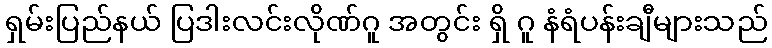
ရှမ်းပြည်နယ် ပြဒါးလင်းလိုဏ်ဂူ အတွင်း ရှိ ဂူ နံရံပန်းချီများသည်